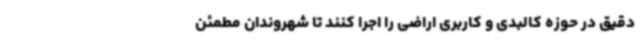
دقیق در حوزه کالبدی و کاربری اراضی را اجرا کنند تا شهروندان مطمئن